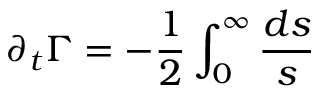
\partial _ { t } \Gamma = - \frac { 1 } { 2 } \int _ { 0 } ^ { \infty } \frac { { d } s } { s }